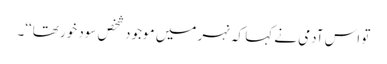
تو اس آدمی نے کہا کہ نہر میں موجود شخص سود خور تھا‘‘۔